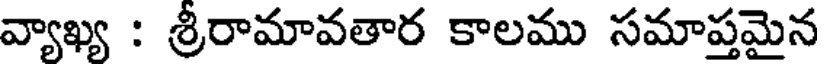
వ్యాఖ్య : శ్రీరామావతార కాలము సమాప్తమైన